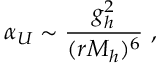
\alpha _ { U } \sim { \frac { g _ { h } ^ { 2 } } { ( r M _ { h } ) ^ { 6 } } } \ ,